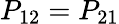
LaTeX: P_{12}=P_{21}